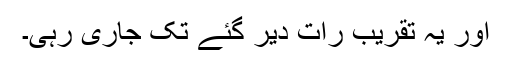
اور یہ تقریب رات دیر گئے تک جاری رہی۔